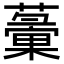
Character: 𧁸